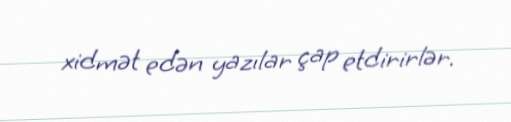
xidmət edən yazılar çap etdirirlər.